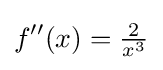
f''(x)={\tfrac {2}{x^{3}}}